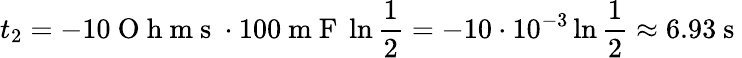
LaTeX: t_{2}=-10\mathrm{~O~h~m~s~}\cdot 100\mathrm{~m~F~}\ln{\frac{1}{2}}=-10\cdot 10^{-3}\ln{\frac{1}{2}}\approx 6.93\mathrm{~s~}